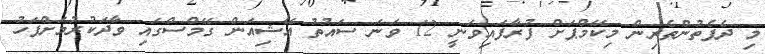
މި ދެފެތުންތެރިން މިކޭމްޕަށް ފުރާފައިވަނީ 12 ވަނަ ސައުތު އޭޝިއަން ގޭމްސްގައި ވާދަކުރުމަށްފަހު